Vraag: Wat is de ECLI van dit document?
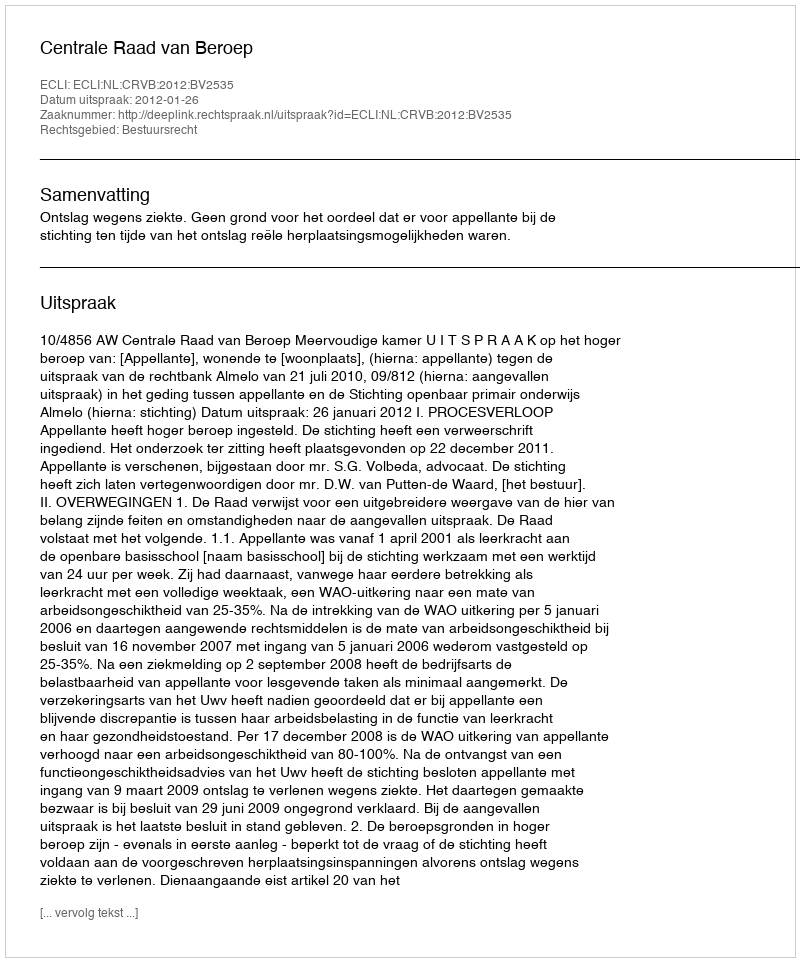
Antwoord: ECLI:NL:CRVB:2012:BV2535